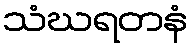
သံဃရတနံ